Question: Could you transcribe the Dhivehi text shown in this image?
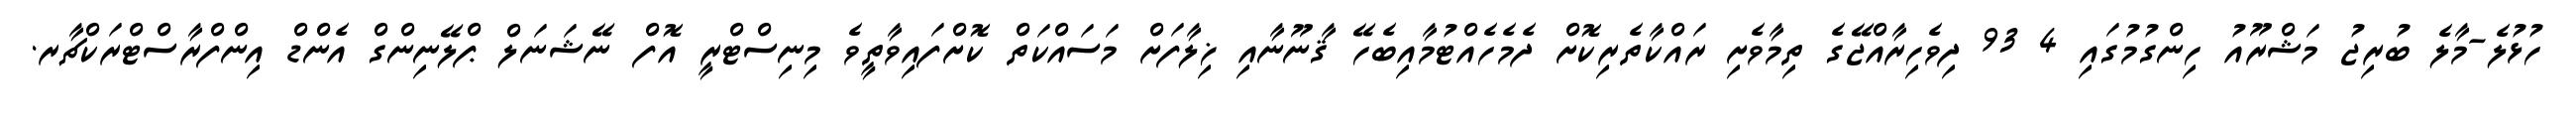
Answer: ހުޅުލެ-މާލެ ބުރިޖު މަޝްރޫއު ހިންގުމުގައި 4 93 ދިވެހިރާއްޖޭގެ ތިމާވެށި ރައްކާތެރިކޮށް ދެމެހެއްޓުމާއިބެހޭ ޤާނޫނާއި ޚިލާފަށް މަސައްކަތް ކޮށްފައިވާތީވެ މިނިސްޓްރީ އޮފް ނޭޝަނަލް ޕްލޭނިންގް އެންޑް އިންފްރާސްޓްރަކްޗާރ.